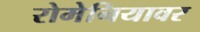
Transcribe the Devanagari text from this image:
रोमेनियावर